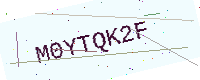
Text: M0YTQK2F